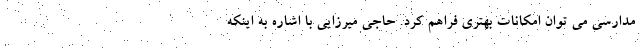
مدارسی می توان امکانات بهتری فراهم کرد. حاجی میرزایی با اشاره به اینکه